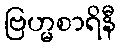
ဗြဟ္မစာရိနီ